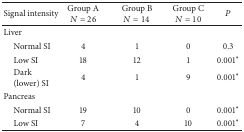
<table><thead><tr><td><b>Signal intensity</b></td><td><b>Group A<i>N</i> = 26</b></td><td><b>Group B<i>N</i> = 14</b></td><td><b>Group C<i>N</i> = 10</b></td><td><b><i>P</i></b></td></tr></thead><tbody><tr><td>Liver</td><td> </td><td> </td><td> </td><td> </td></tr><tr><td> Normal SI</td><td>4</td><td>1</td><td>0</td><td>0.3</td></tr><tr><td> Low SI </td><td>18</td><td>12</td><td>1</td><td>0.001*</td></tr><tr><td> Dark (lower) SI</td><td>4</td><td>1</td><td>9</td><td>0.001*</td></tr><tr><td>Pancreas </td><td> </td><td> </td><td> </td><td> </td></tr><tr><td> Normal SI</td><td>19</td><td>10</td><td>0</td><td>0.001*</td></tr><tr><td> Low SI</td><td>7</td><td>4</td><td>10</td><td>0.001*</td></tr></tbody></table>